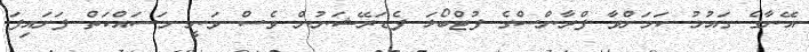
އޭނާގެ ގައުމު ކަމަށްވާ ފްރާންސްގެ ފުޓްބޯޅަ ފެޑަރޭޝަނުން ވެސް ވަނީ މަސައްކަތް ފަށައިފަ